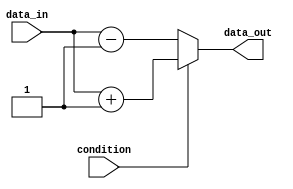
module if_else_statement (
  input wire condition,
  input wire [3:0] data_in,
  output reg [3:0] data_out
);

always @(*) begin
  if (condition) begin
    data_out = data_in + 1;
  end else begin
    data_out = data_in - 1;
  end
end

endmodule